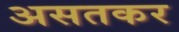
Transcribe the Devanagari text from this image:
असतकर